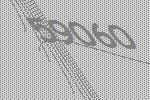
59060